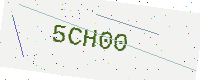
Text: 5CH00